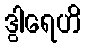
ဒွါရေဟိ